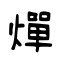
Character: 燀